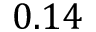
0 . 1 4